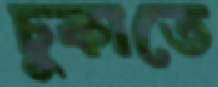
চুকাতে